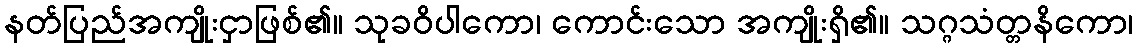
နတ်ပြည်အကျိုးငှာဖြစ်၏။ သုခဝိပါကော၊ ကောင်းသော အကျိုးရှိ၏။ သဂ္ဂသံတ္တနိကော၊